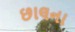
છાલના